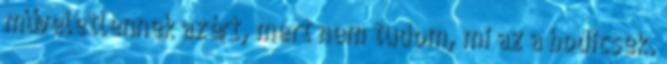
műveletlennek azért, mert nem tudom, mi az a bodicsek.